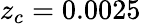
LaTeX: z_{c}=0.0025